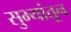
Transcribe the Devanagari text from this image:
सुभ्यांतून